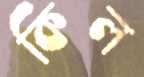
কিল